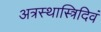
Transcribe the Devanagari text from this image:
अत्रस्थास्त्रिदिवं